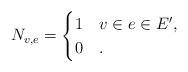
LaTeX: \begin{align*} N_{v,e}=\begin{cases} 1 & v\in e\in E',\\ 0 & . \end{cases}\end{align*}